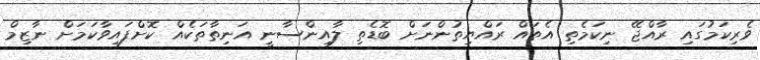
ވެރިކަމުގައި ރާއްޖޭ ނިކަމެތި އެތައް ރައްޔިތުންނަށް ބޮޑެތި ލާއިންސާނީ އަނިތާތަކެއް ކޮށްފައިވާކަމަށް ނާޒިމް